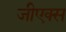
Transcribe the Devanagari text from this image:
जीएक्स